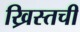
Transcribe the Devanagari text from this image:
ख्रिस्तची